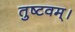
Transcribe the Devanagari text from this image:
तुष्टवम्।